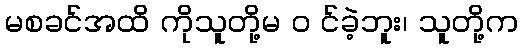
မစခင်အထိ ကိုသူတို့မ ၀ င်ခဲ့ဘူး၊ သူတို့က